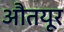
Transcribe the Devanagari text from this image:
औतयूर